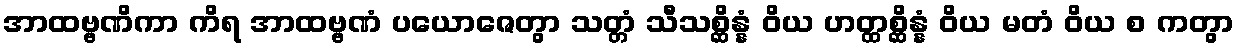
အာထဗ္ဗဏိကာ ကိရ အာထဗ္ဗဏံ ပယောဇေတွာ သတ္တံ သီသစ္ဆိန္နံ ဝိယ ဟတ္ထစ္ဆိန္နံ ဝိယ မတံ ဝိယ စ ကတွာ